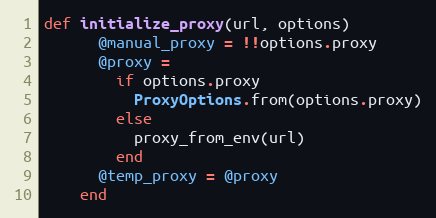
Language: Ruby
def initialize_proxy(url, options)
      @manual_proxy = !!options.proxy
      @proxy =
        if options.proxy
          ProxyOptions.from(options.proxy)
        else
          proxy_from_env(url)
        end
      @temp_proxy = @proxy
    end